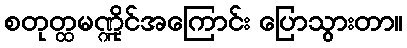
စတုတ္ထမဏ္ဍိုင်အကြောင်း ပြောသွားတာ။